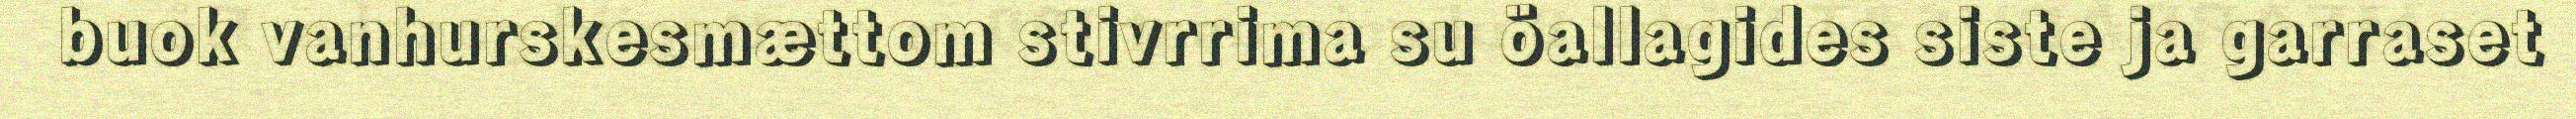
buok vanhurskesmættom stivrrima su öallagides siste ja garraset